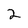
Character: 2